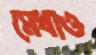
মেধাও